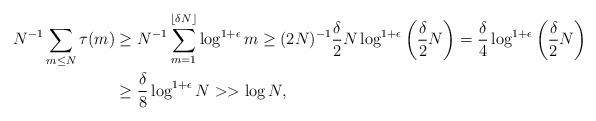
LaTeX: \begin{align*}N^{-1}\sum_{m\leq N}{\tau(m)}&\geq N^{-1}\sum_{m=1}^{\lfloor\delta N\rfloor}{\log^{1+\epsilon}{m}}\geq (2N)^{-1}\frac{\delta}{2}N\log^{1+\epsilon}\left(\frac{\delta}{2}N\right)=\frac{\delta}{4}\log^{1+\epsilon}\left(\frac{\delta}{2}N\right) \\&\geq\frac{\delta}{8}\log^{1+\epsilon}{N}>>\log{N},\end{align*}